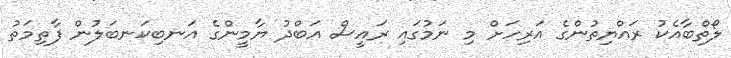
ލޯތްބާއެކު ރައްޔިތުންގެ އަރިހަށް މި ނަމުގައި ރައީސް އަބްދު ޔާމީންގެ އަނބިކަނބަލުން ފާތިމަތު